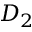
D _ { 2 }